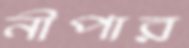
নীপার